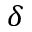
\delta